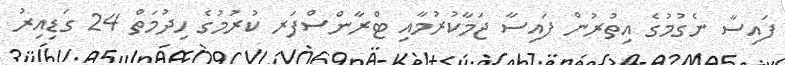
ފައިސާ ނެގުމުގެ އިތުރުން ފައިސާ ޖަމާކުރުމާއި ޓްރާންސްފަރ ކުރުމުގެ ހިދުމަތް 24 ގަޑިއިރު